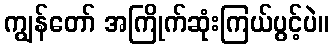
ကျွန်တော် အကြိုက်ဆုံးကြယ်ပွင့်ပဲ။